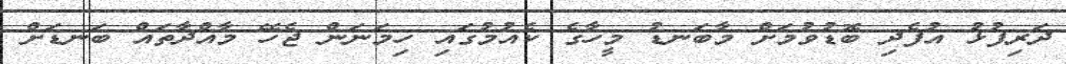
ދަރިފުޅު އުފެދި ބޮޑުވުމަށް މާބަނޑު މީހާގެ ކެއުމުގައި ހިމަނަން ޖެހޭ މާއްދާތައް ބަނޑަށް